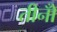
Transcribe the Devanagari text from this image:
तीनोँ